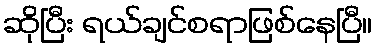
ဆိုပြီး ရယ်ချင်စရာဖြစ်နေပြီ။